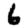
Digit: 6